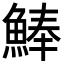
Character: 𩸮